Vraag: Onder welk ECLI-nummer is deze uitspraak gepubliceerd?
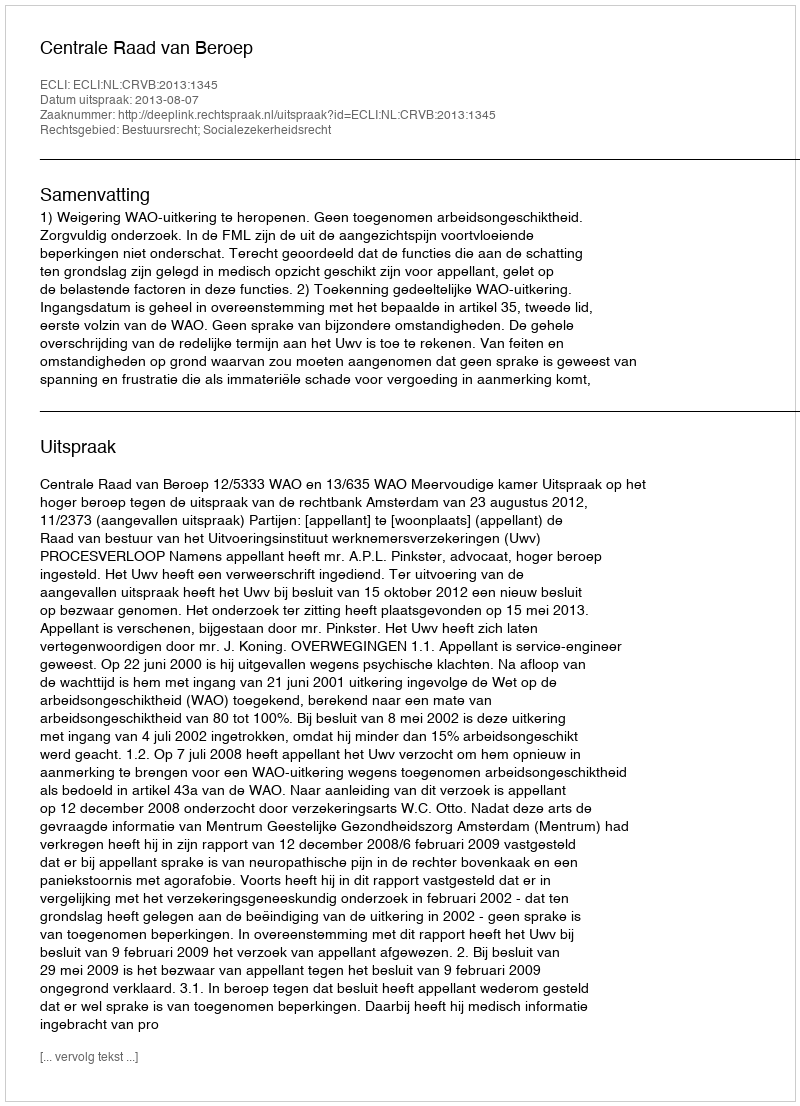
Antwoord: ECLI:NL:CRVB:2013:1345